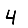
Digit: 4